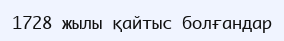
1728 жылы қайтыс болғандар